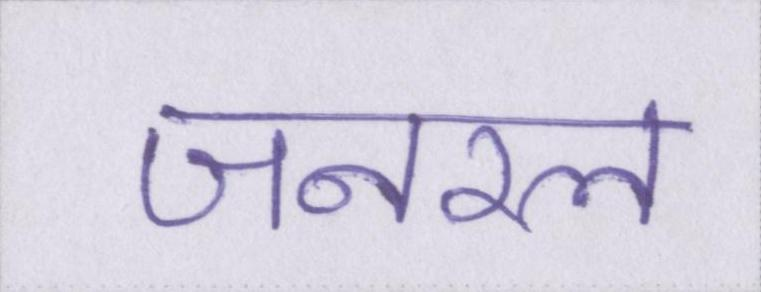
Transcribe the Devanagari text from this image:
जनरल